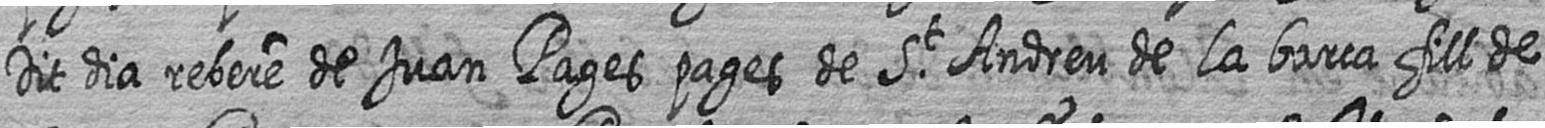
Dit dia rebere de Juan Pages pages de St Andreu de la barca fill de